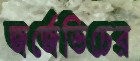
জর্জেভিচের